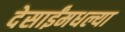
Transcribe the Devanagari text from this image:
देसाईंमधल्या